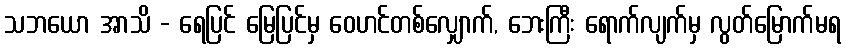
သဘယော အာသိ - ရေပြင် မြေပြင်မှ ဝေဟင်တစ်လျှောက်, ဘေးကြီး ရောက်လျက်မှ လွတ်မြောက်မရ